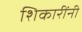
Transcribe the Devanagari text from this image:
शिकारींनी